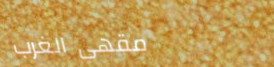
مقهى الغرب